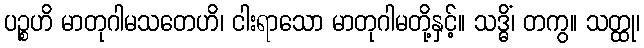
ပဉ္စဟိ မာတုဂါမသတေဟိ၊ ငါးရာသော မာတုဂါမတို့နှင့်။ သဒ္ဓိံ၊ တကွ။ သတ္ထု၊